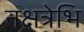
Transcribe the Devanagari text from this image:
नक्षत्रेभि